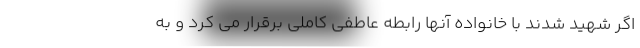
اگر شهید شدند با خانواده آنها رابطه عاطفی کاملی برقرار می کرد و به